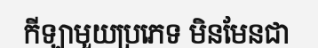
កីឡាមួយប្រភេទ មិនមែនជា